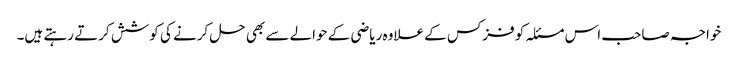
خواجہ صاحب اس مسئلہ کو فزکس کے علاوہ ریاضی کے حوالے سے بھی حل کرنے کی کوشش کرتے رہتے ہیں۔